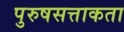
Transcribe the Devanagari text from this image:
पुरुषसत्ताकता